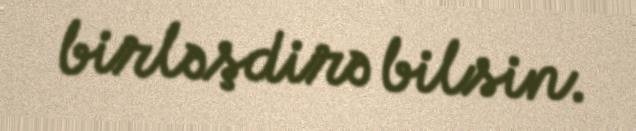
birləşdirə bilsin.